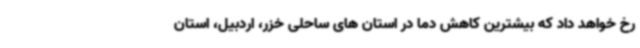
رخ خواهد داد که بیشترین کاهش دما در استان های ساحلی خزر، اردبیل، استان